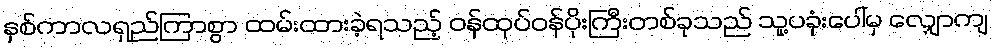
နှစ်ကာလရှည်ကြာစွာ ထမ်းထားခဲ့ရသည့် ဝန်ထုပ်ဝန်ပိုးကြီးတစ်ခုသည် သူ့ပခုံးပေါ်မှ လျှောကျ